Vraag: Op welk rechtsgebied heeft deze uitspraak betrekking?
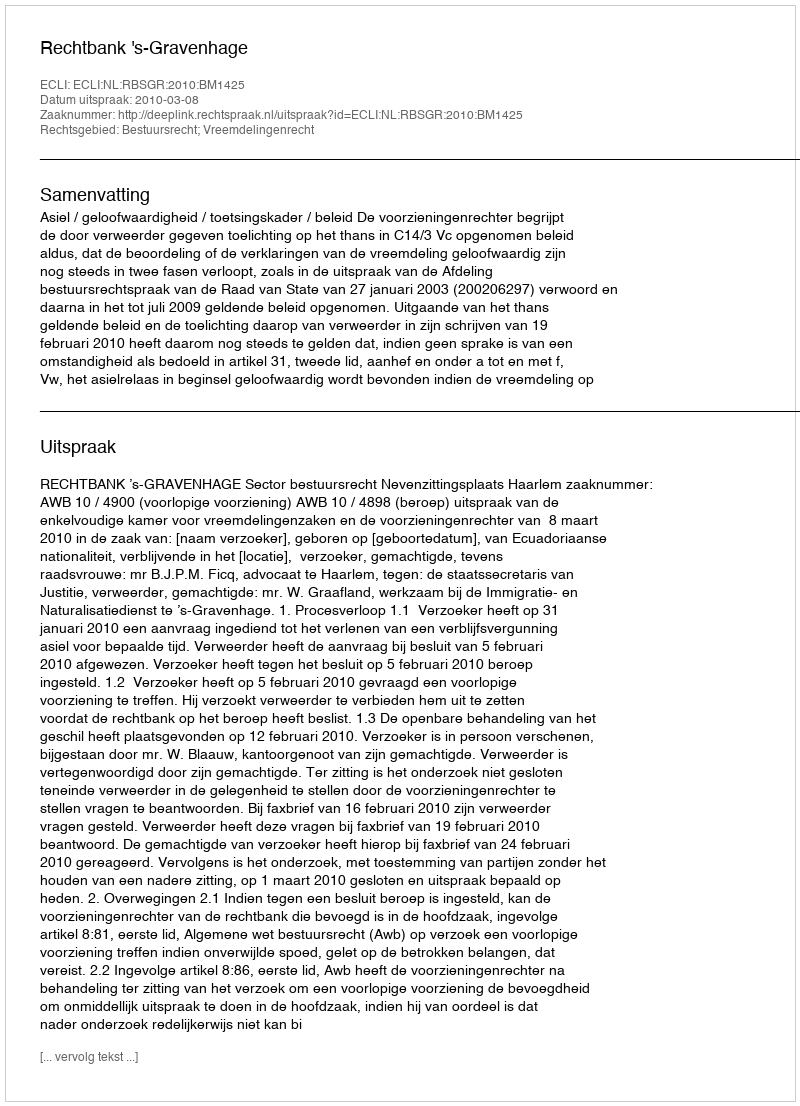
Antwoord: Bestuursrecht; Vreemdelingenrecht